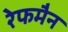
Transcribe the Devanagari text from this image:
रेफमैन